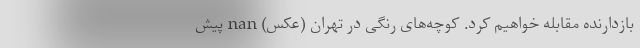
بازدارنده مقابله خواهیم کرد. کوچه‌های رنگی در تهران (عکس) nan پیش